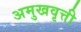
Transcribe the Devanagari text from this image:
अमुखवृत्ती